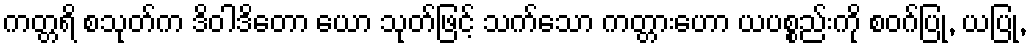
ကတ္တရိ စသုတ်က ဒိဝါဒိတော ယော သုတ်ဖြင့် သက်သော ကတ္တားဟော ယပစ္စည်းကို စဝဂ်ပြု, ယပြု,